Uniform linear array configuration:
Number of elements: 4
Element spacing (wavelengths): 0.75
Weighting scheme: hamming
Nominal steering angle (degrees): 45
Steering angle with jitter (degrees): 43.491
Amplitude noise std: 0.05
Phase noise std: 0.05

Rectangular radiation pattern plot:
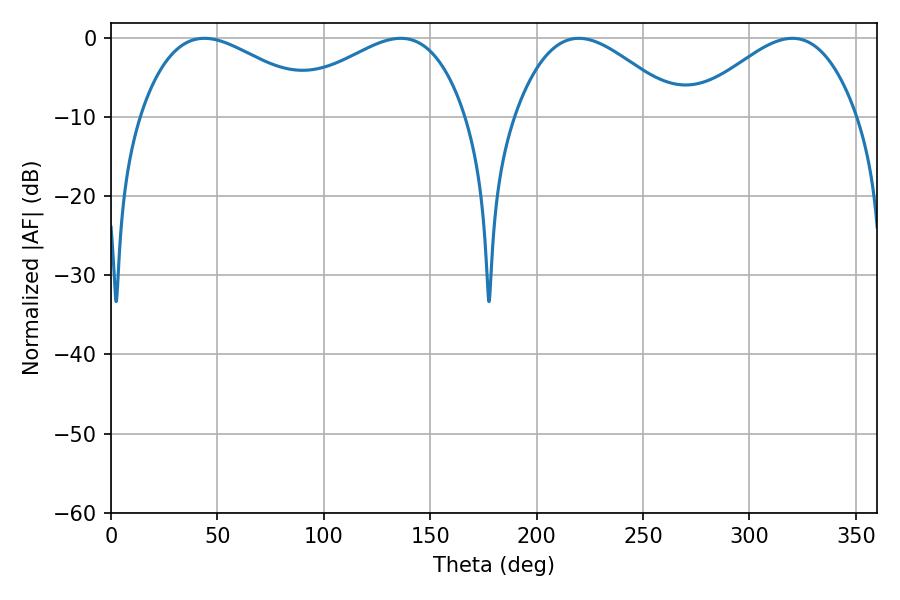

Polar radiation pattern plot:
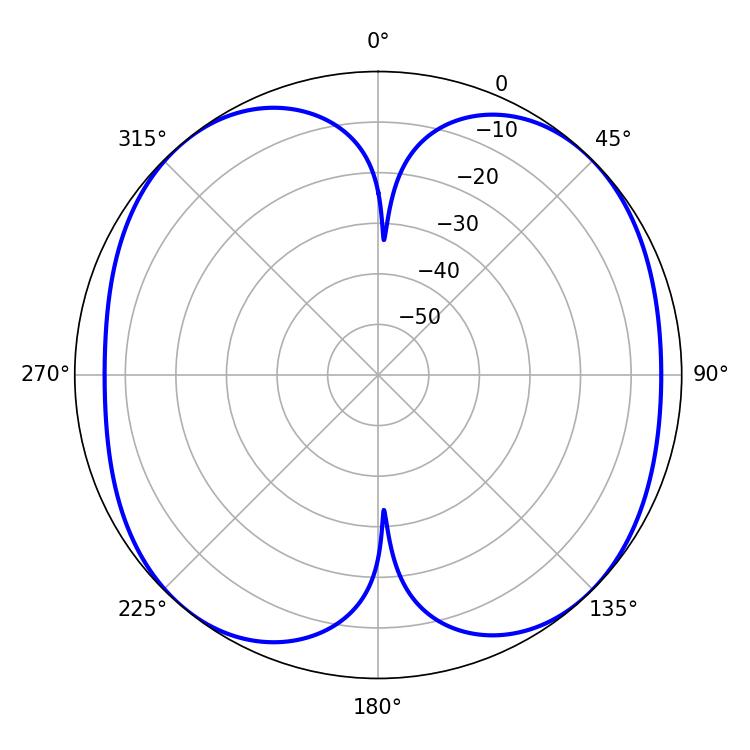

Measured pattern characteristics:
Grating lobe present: TRUE
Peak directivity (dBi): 11.466
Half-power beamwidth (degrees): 41.94
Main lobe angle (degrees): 219.78